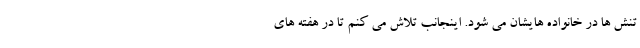
تنش ها در خانواده هایشان می شود. اینجانب تلاش می کنم تا در هفته های